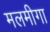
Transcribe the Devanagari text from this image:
मलमीगा